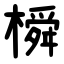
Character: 橓